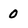
Character: 0